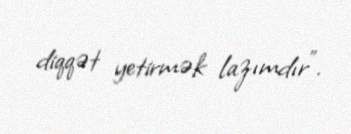
diqqət yetirmək lazımdır”.